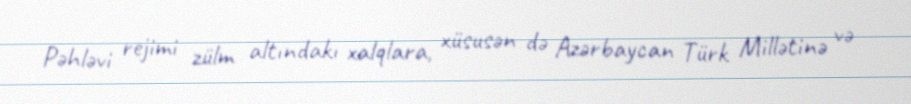
Pəhləvi rejimi zülm altındakı xalqlara, xüsusən də Azərbaycan Türk Millətinə və